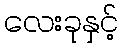
လေးခုနှင့်